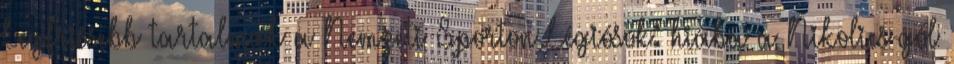
Legfrissebb tartalmak a Nemzeti Sporton Légiósok: hiába a Nikolics-gól